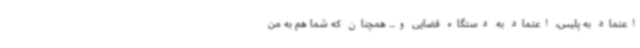
اعتماد به پلیس، اعتماد به دستگاه قضایی و... همچنان که شما هم به من